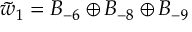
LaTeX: \tilde { w } _ { 1 } = B _ { - 6 } \oplus B _ { - 8 } \oplus B _ { - 9 }